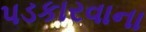
પડકારવાના